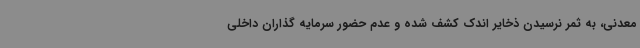
معدنی، به ثمر نرسیدن ذخایر اندک کشف شده و عدم حضور سرمایه گذاران داخلی